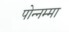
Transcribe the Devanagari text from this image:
पोन्नम्मा